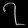
Digit: ၇